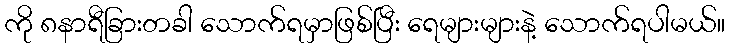
ကို ၈နာရီခြားတခါ သောက်ရမှာဖြစ်ပြီး ရေများများနဲ့ သောက်ရပါမယ်။